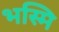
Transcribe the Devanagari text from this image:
भस्मि